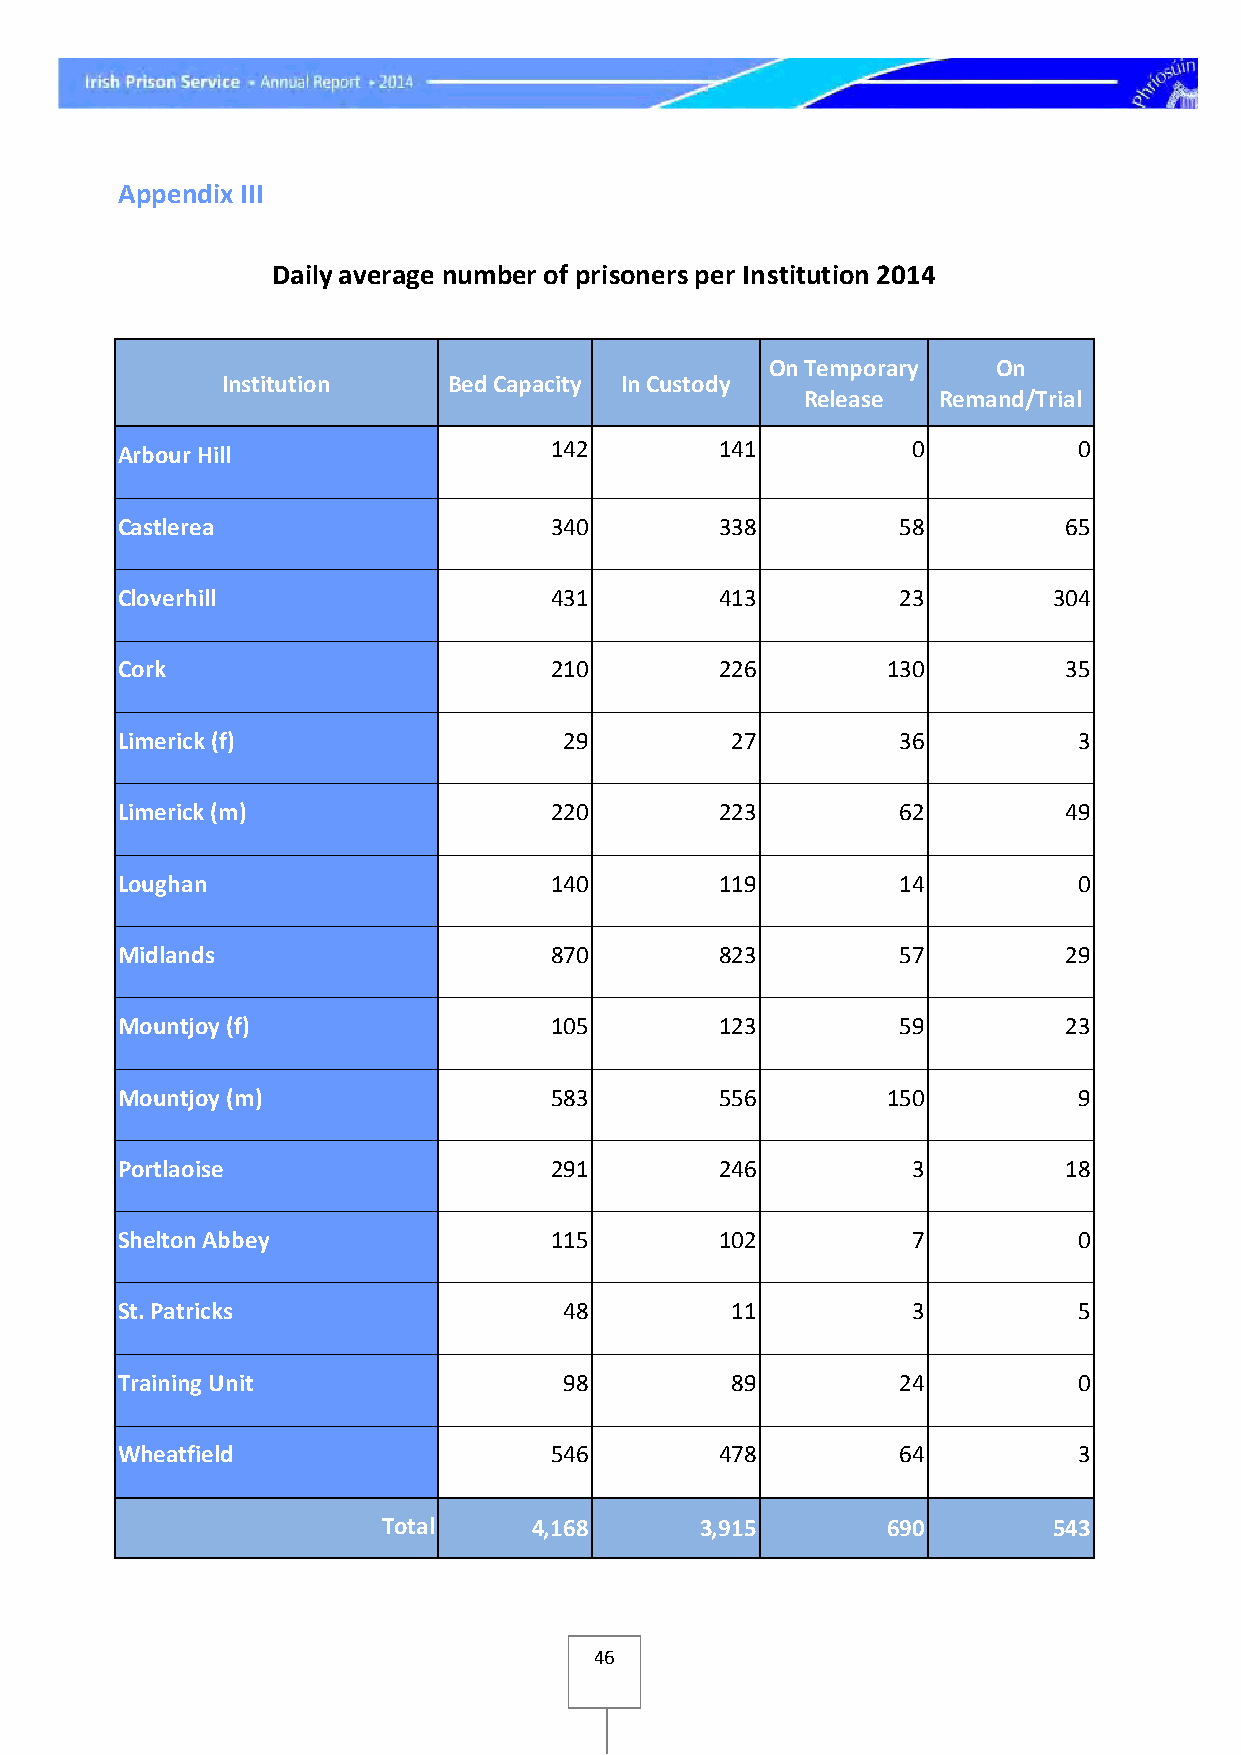
Appendix III
 Daily average number of prisoners per Institution 2014
 On Temporary   On
 Institution    Bed Capacity In Custody
 Release  Remand/Trial
 Arbour Hill                 142         141         0          0
 Castlerea                   340         338        58         65
 Cloverhill                  431         413        23         304
 Cork                        210         226        130        35
 Limerick (f)                 29         27         36          3
 Limerick (m)                220         223        62         49
 Loughan                     140         119        14          0
 Midlands                    870         823        57         29
 Mountjoy (f)                105         123        59         23
 Mountjoy (m)                583         556        150         9
 Portlaoise                  291         246         3         18
 Shelton Abbey               115         102         7          0
 St. Patricks                 48         11          3          5
 Training Unit                98         89         24          0
 Wheatfield                  546         478        64          3
 Total     4,168      3,915        690        543
 46